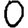
Digit: 0